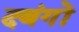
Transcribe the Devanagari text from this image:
दबंगों